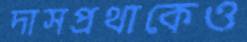
দাসপ্রথাকেও